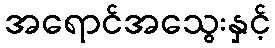
အရောင်အသွေးနှင့်